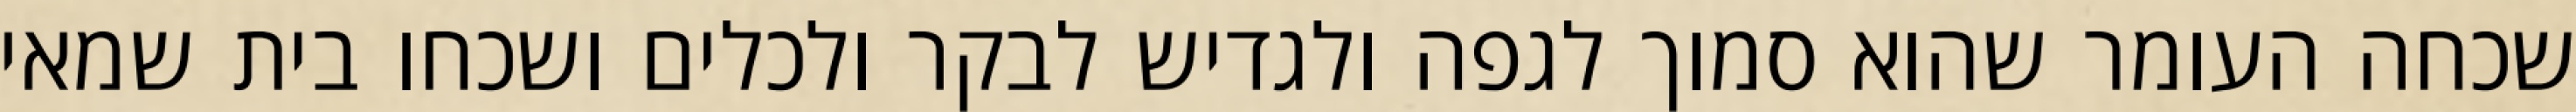
שכחה העומר שהוא סמוך לגפה ולגדיש לבקר ולכלים ושכחו בית שמאי